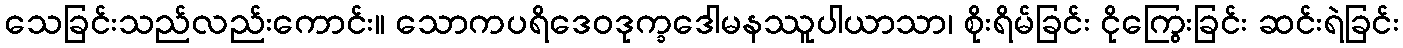
သေခြင်းသည်လည်းကောင်း။ သောကပရိဒေဝဒုက္ခဒေါမနဿူပါယာသာ၊ စိုးရိမ်ခြင်း ငိုကြွေးခြင်း ဆင်းရဲခြင်း